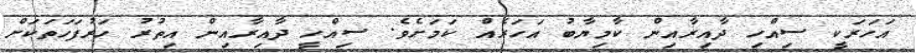
އަހަރަކީ ސިއްހި ދާއިރާއިން ކާމިޔާބު އަހަރެއް ކަމަށެވެ. ސިއްހީ ދާއިރާއިން އިތުރު ހަރުފަހަތަކަށް